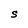
Character: S